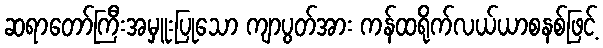
ဆရာတော်ကြီးအမှူးပြုသော ကျာပွတ်အား ကန်ထရိုက်လယ်ယာစနစ်ဖြင့်